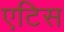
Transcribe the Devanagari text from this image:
एटिस